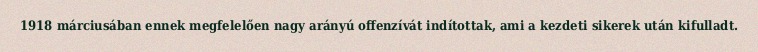
1918 márciusában ennek megfelelően nagy arányú offenzívát indítottak, ami a kezdeti sikerek után kifulladt.